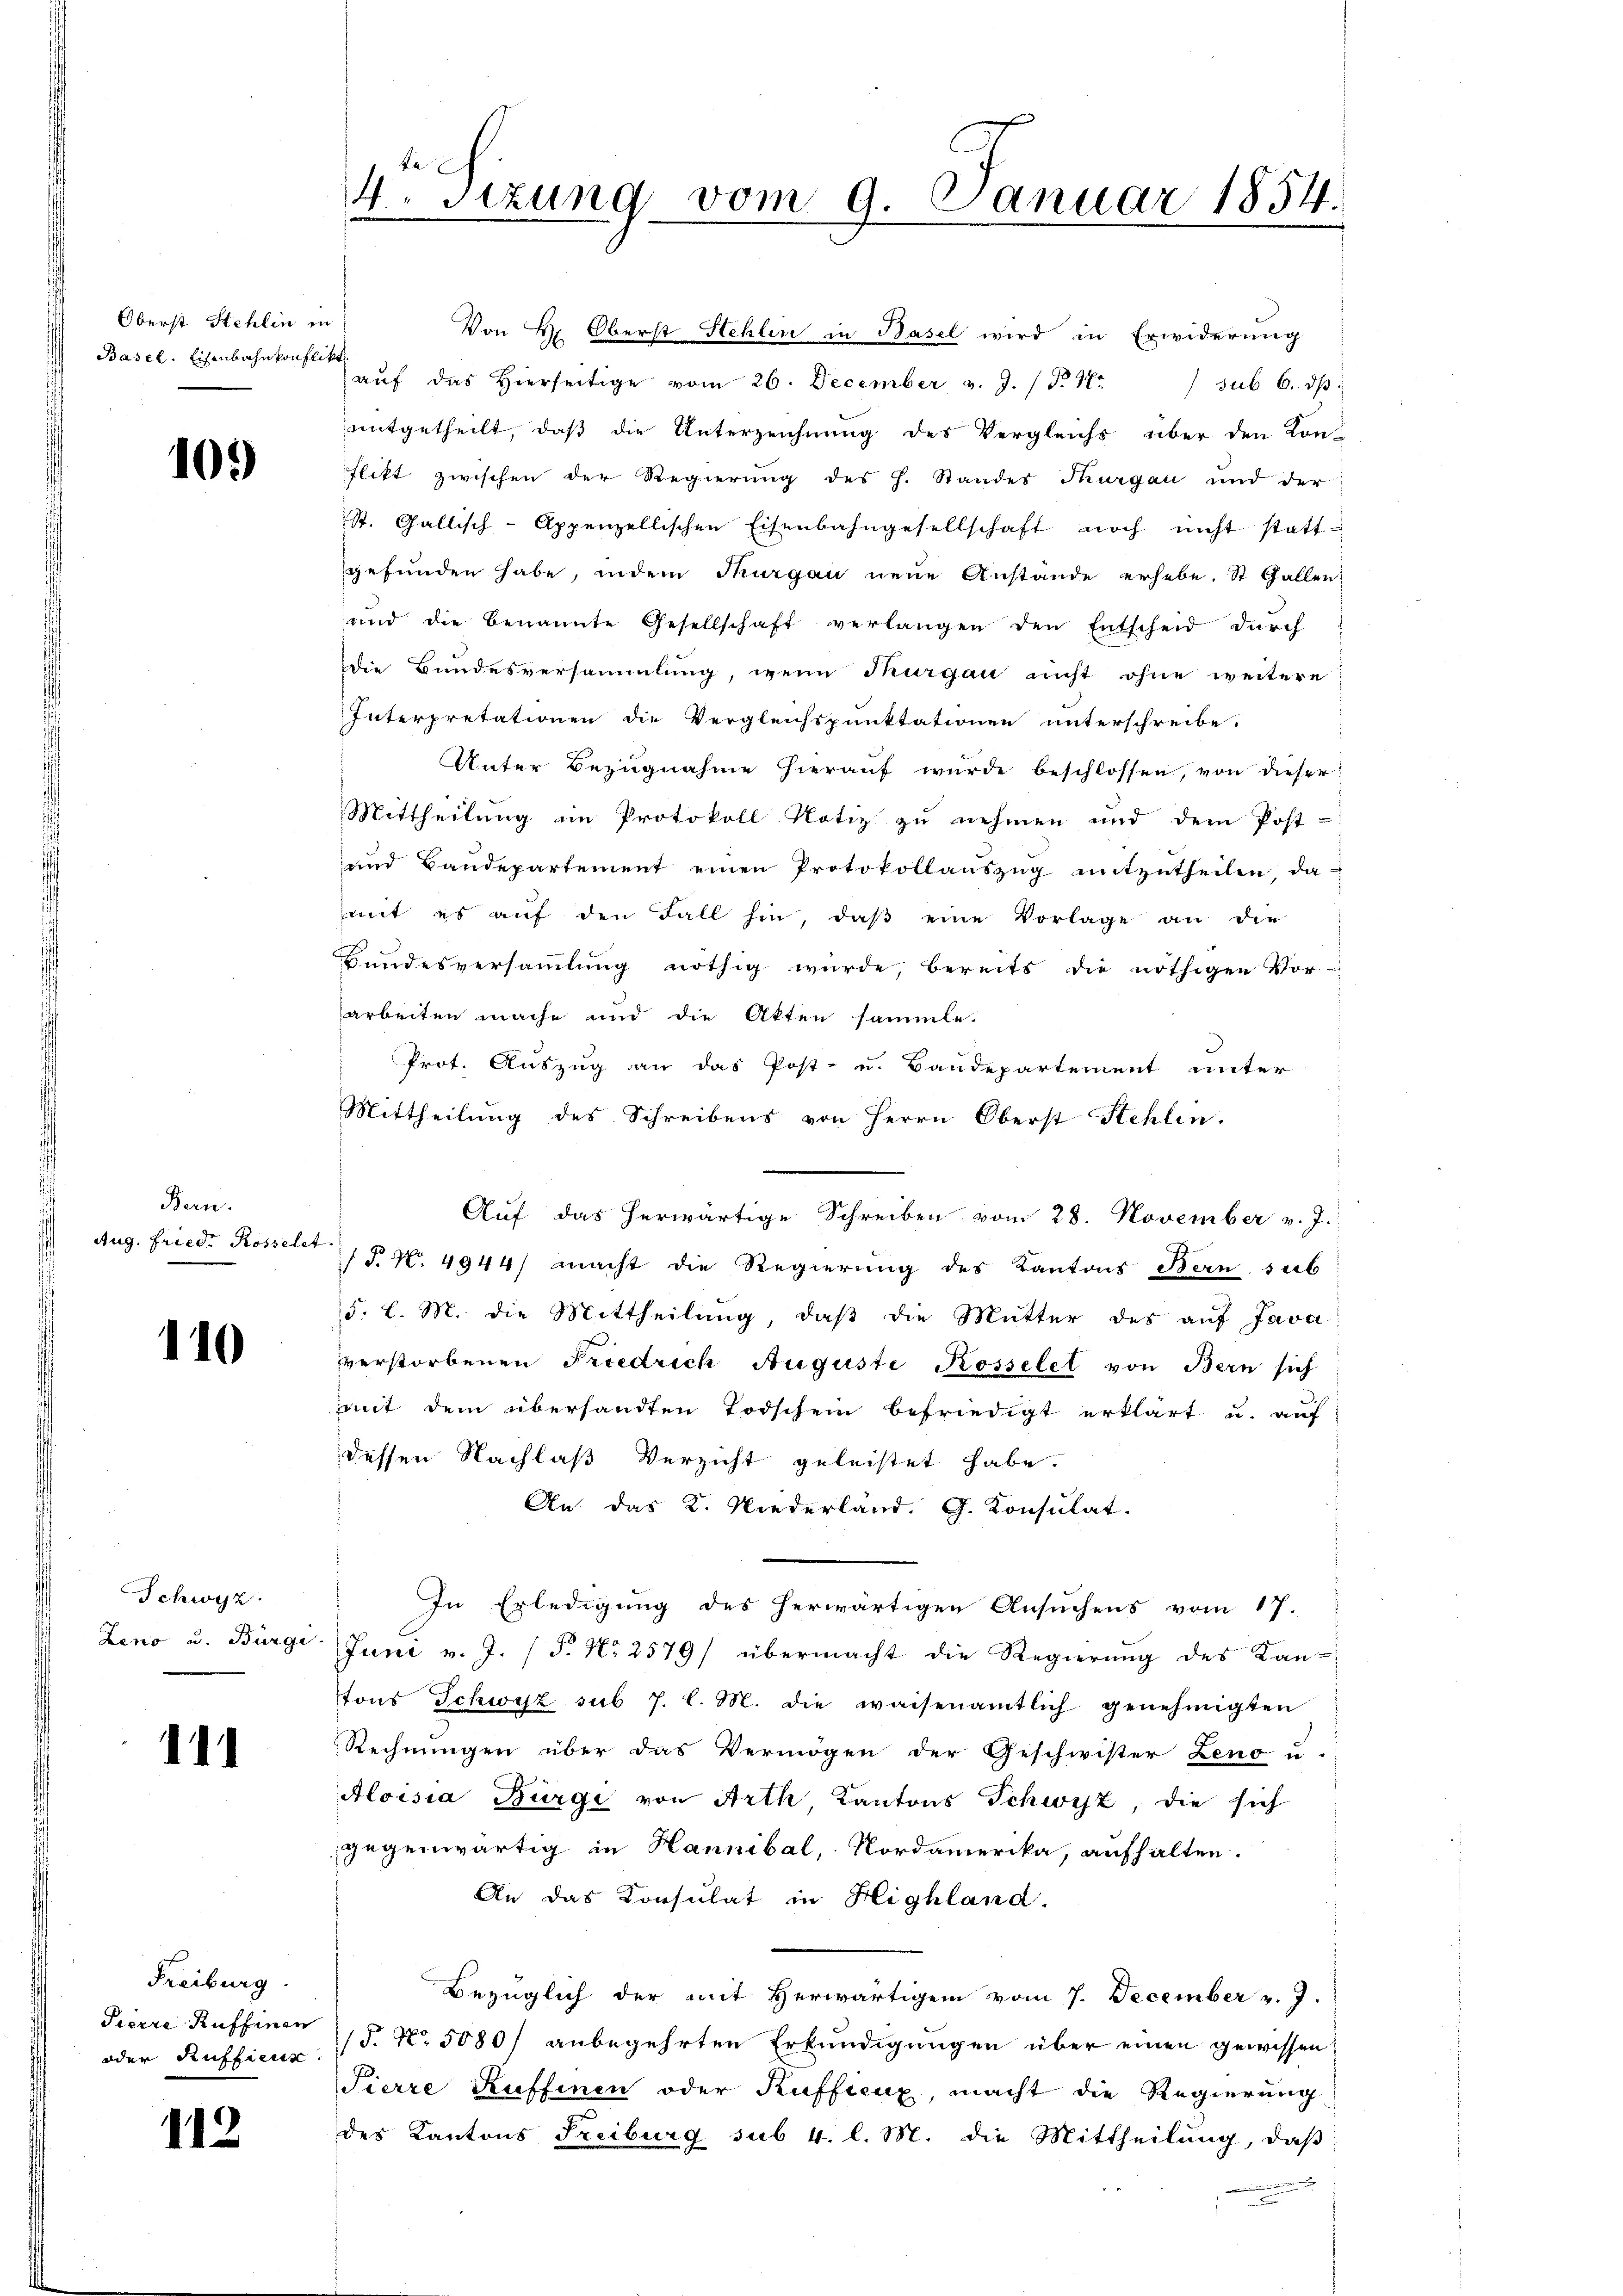
Oberst Stehlin in
Basel. Eisenbahnkonflikt

105)

Bern.
Aug. Fried. Rosselet.

110

Schwyz.

111

Freiburg.
Pierre Ruffenen

112

Von H. Oberst Stehlin in Basel wird in Erwiderung
aŭf das hierseitige vom 26. December v. J. P. 17. sub 6. dβ.
mitgetheilt, daß die Unterzeichnung des Vergleichs über den Kon-
flikt zwischen der Regierung des h. Standes Thurgau und der
St. Gallisch-Appenzellischen Eisenbahngesellschaft noch nicht statt
gefunden habe, indem Thurgau neue Anstände erhebe. St. Gallen
und die benannte Gesellschaft verlangen den Entscheid dŭrch
die Bundesversammlung, wenn Thurgau nicht ohne weitere
Interpretationen die Vergleichspunktationen unterschreibe.
Unter Bezugnahme hierauf wurde beschlossen, von dieser
Mittheilung im Protokoll Notiz zu nehmen und dem Post-
und Baudepartement einen Protokollaŭszŭg mitzŭtheilen, da
mit es aŭf den Fall hin, daβ eine Vorlage an die
Bundesversammlung nöthig wurde, bereits die nöthigen Vor-
arbeiten mache und die Akten sammle.
Prot. Auszug an das Post- u. Baudepartement unter
Mittheilung des Schreibens von Herrn Oberst Stehlen.
Auf das herwärtige Schreiben vom 28. November v. J.
(T. N. 4944) macht die Regierung des Kantons Bern sub
5. l. M. die Mittheilŭng, daβ die Mutter des aŭf Java
verstorbenen Friedrich Auguste Kosselet von Bern sich
mit dem übersandten Todschein befriedigt erklärt u. auf:
dessen Nachlaß Verzicht geleistet habe.
An das K. Niederland. G. Konsulat.
In Erledigung des herwärtigen Ansuchens vom 17.
Leno u. Bürgi Juni v. J. (T. No 2579/ übermacht die Regierŭng des Kan-
tons Schwyz sub 7. l. M. die waisenamtlich genehmigten
Rechnungen über das Vermögen der Geschwister Zeno u.
Aloisia Bürgi von Arth Kantons Schwyz, die sich
gegenwärtig in Hannibal, Nordamerika, aufhalten.
An das Consulat in Highland.
Bezüglich der mit Herwärtigem vom 7. December v. 7.
oder Rufficus P. Nr. 5080/ anbegehrten Erkundigungen über einen gewissen
Pierre Kuffenen oder Kufficux, macht die Regierung
des Kantons Freiburg sub 4. l. M. die Mittheilŭng, daβ
.

4. Sizung vom 9. Januar 1854.